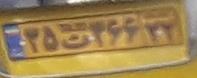
۳۵ت۴۶۶۲۲